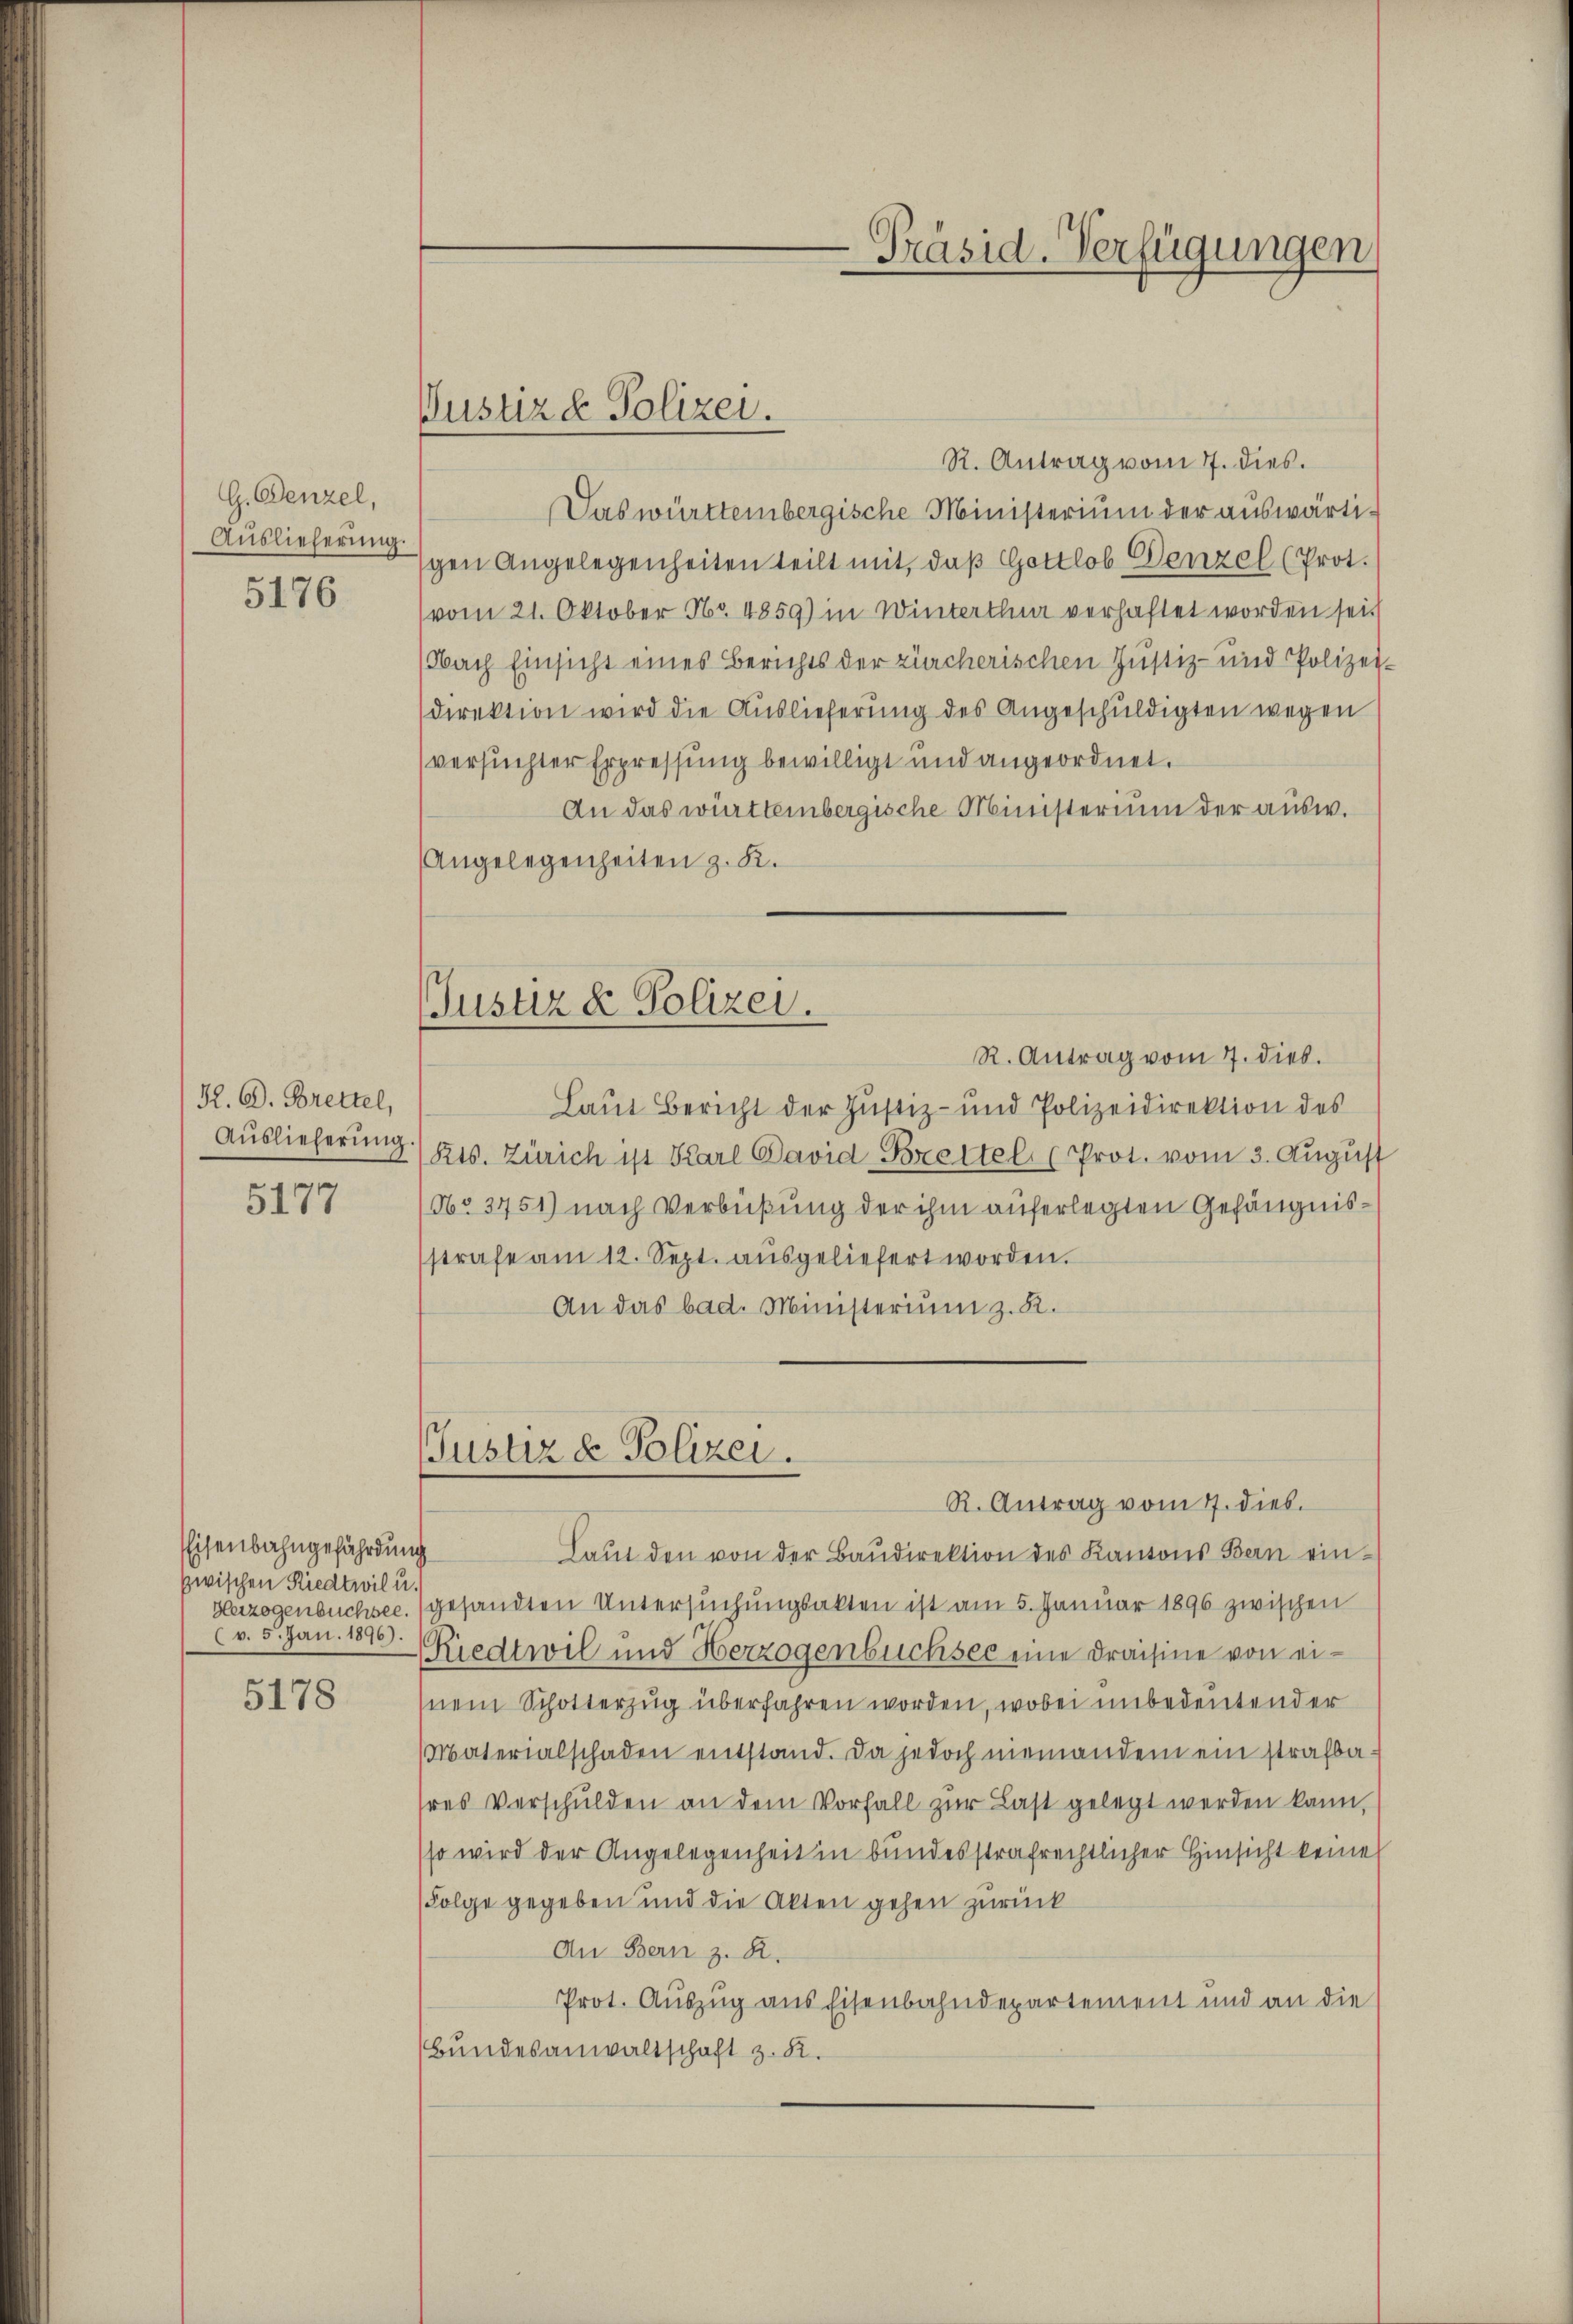
G. Wenzel,
Auslieferung.
5176

K. G. Brettel,
Auslieferung

5177

Eisenbahngefährdung
zwischen Riedtwil u.
(v. 5. Jan. 1896).

5178

Justizd Polizei.

Präsid. Verfügungen

R. Antrag vom 7. dies.
Das württembergische Ministerium der auswärtischen Angelegenheiten teilt mit, daß Gottlob Denzel (Prot.
(vom 21. Oktober Nr. 4859) in Winterthur verhaftet worden sei,
Nach Einsicht eines Berichts der zürcherischen Justiz- und Polizei
direktion wird die Auslieferung des Angeschuldigten wegen
versuchter Erpressung bewilligt und angeordnet.
An das württembergische Ministerium der ausw.
Angelegenheiten z. K.
(Justiz & Polizei.
R. Antrag vom 7. dieb.
Laut Bericht der Justiz- und Polizeidirektion des
Kts. Zürich ist Karl David Brettel, (Prot. vom 3. Aŭgŭst
No. 3751) nach Verbüßung der ihm auferlegten Gefängnisstrafe am 12. Sept. aŭsgeliefert worden.
An das bad. Ministerium z. K.

Justiz & Polizei.
R. Antrag vom 7. dieb.

Laŭt den von der Baŭdirektion des Kantons Bern ein¬
Herzogenbüchsee. gesandten Untersuchungsakten ist am 5. Januar 1896 zwischen
Riedtwil und Herzogenbüchsee eine Kraisine von einein Schotterzug überfahren worden, wobei unbedeutender
Materialschaden entstand. Da jedoch niemandem ein strafbahres Verschulden an dem Vorfall zur Last gelegt werden kann,
so wird der Angelegenheit in bundesstrafrechtlicher Hinsicht keine
Folge gegeben und die Akten gehen zurück
An Bern z. R.
Prot. Auszug aus Eisenbahndepartement und an die
Bundesanwaltschaft z. B.